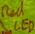
Text: LED